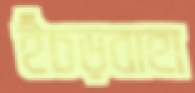
ইঁচড়বাহা